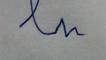
Signature authenticity: forged